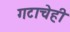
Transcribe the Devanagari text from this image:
गटाचेही